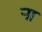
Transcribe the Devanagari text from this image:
र्‍ाा